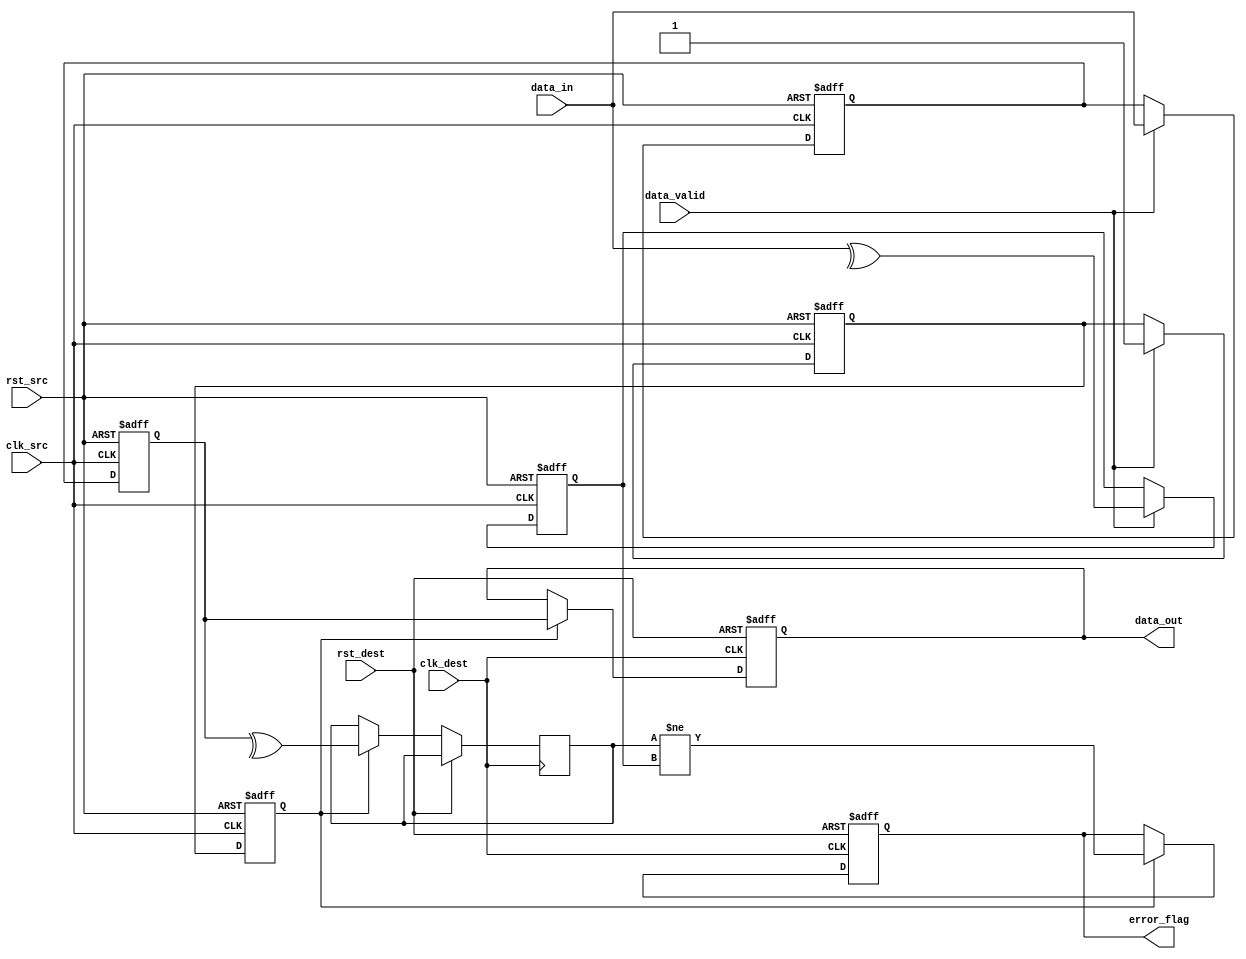
module cdc_memory_blocks #(
    parameter DATA_WIDTH = 8  // width of the data bus
)(
    input wire clk_src,        // Source clock
    input wire clk_dest,       // Destination clock
    input wire rst_src,        // Asynchronous reset for source domain
    input wire rst_dest,       // Asynchronous reset for destination domain
    input wire [DATA_WIDTH-1:0] data_in,  // Data input from source domain
    input wire data_valid,      // Indicates valid data
    output reg [DATA_WIDTH-1:0] data_out, // Data output in destination domain
    output reg error_flag       // Error detection flag
);

    // Intermediate signals for parity and synchronization
    wire [DATA_WIDTH-1:0] sync_data;
    wire sync_valid;
    reg [DATA_WIDTH-1:0] data_out_reg;
    reg parity_bit;
    reg parity_check;

    // Generate parity bit in source clock domain (even parity)
    always @(posedge clk_src or posedge rst_src) begin
        if (rst_src) begin
            parity_bit <= 1'b0;
        end else if (data_valid) begin
            parity_bit <= ^data_in; // Generate parity (even parity)
        end
    end

    // Synchronize data and valid signal to destination clock domain
    reg [DATA_WIDTH-1:0] sync_data_ff1, sync_data_ff2;
    reg sync_valid_ff1, sync_valid_ff2;

    always @(posedge clk_src or posedge rst_src) begin
        if (rst_src) begin
            sync_data_ff1 <= {DATA_WIDTH{1'b0}};
            sync_valid_ff1 <= 1'b0;
        end else if (data_valid) begin
            sync_data_ff1 <= data_in;
            sync_valid_ff1 <= 1'b1;
        end
    end

    always @(posedge clk_src or posedge rst_src) begin
        if (rst_src) begin
            sync_data_ff2 <= {DATA_WIDTH{1'b0}};
            sync_valid_ff2 <= 1'b0;
        end else begin
            sync_data_ff2 <= sync_data_ff1;
            sync_valid_ff2 <= sync_valid_ff1;
        end
    end

    // Transfer synchronized data to destination clock domain
    always @(posedge clk_dest or posedge rst_dest) begin
        if (rst_dest) begin
            data_out_reg <= {DATA_WIDTH{1'b0}};
            error_flag <= 1'b0;
        end else if (sync_valid_ff2) begin
            data_out_reg <= sync_data_ff2;
            parity_check <= ^sync_data_ff2; // Check parity against received data
            error_flag <= (parity_check != parity_bit); // Set error flag if mismatch
        end
    end

    assign data_out = data_out_reg;

endmodule